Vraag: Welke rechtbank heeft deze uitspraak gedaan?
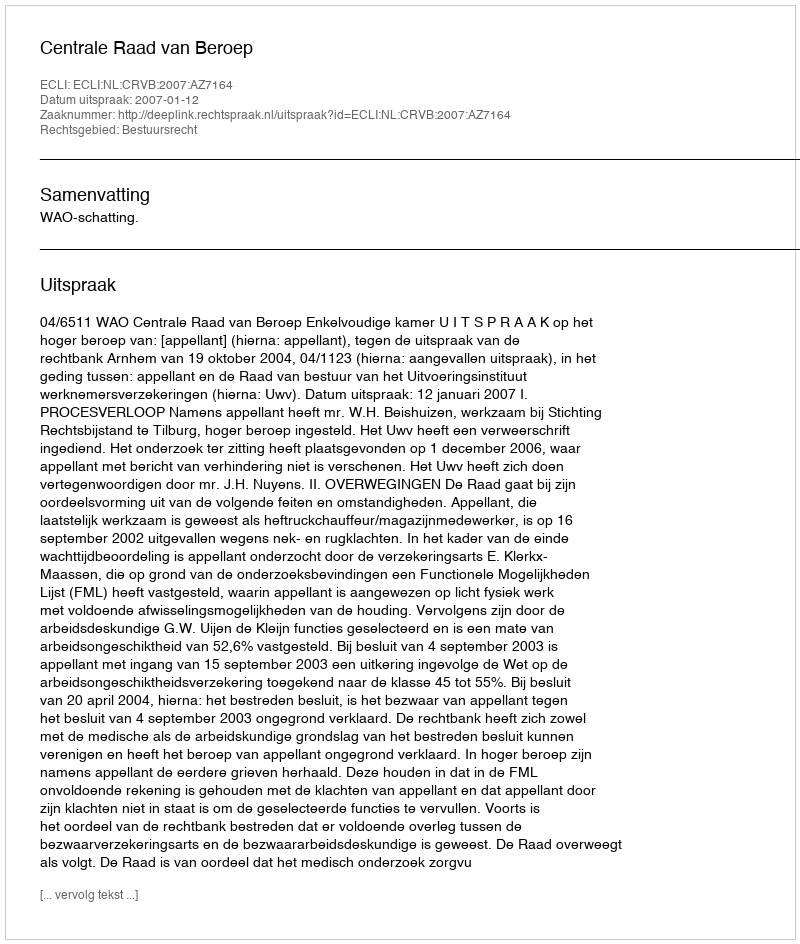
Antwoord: Centrale Raad van Beroep